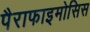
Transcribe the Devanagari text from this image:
पैराफाइमोसिस